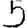
Digit: 5